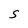
Character: S